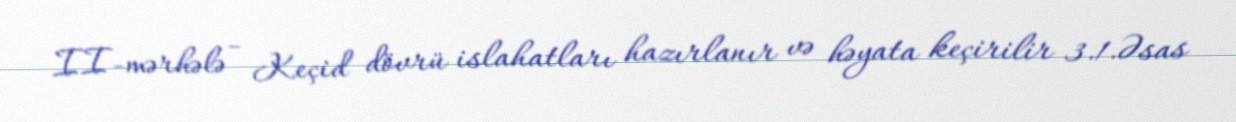
II-mərhələ - Keçid dövrü islahatları hazırlanır və həyata keçirilir 3.1.Əsas